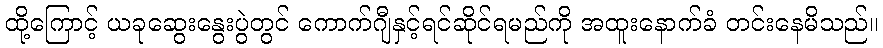
ထို့ကြောင့် ယခုဆွေးနွေးပွဲတွင် ကောက်ဂျီနှင့်ရင်ဆိုင်ရမည်ကို အထူးနောက်ခံ တင်းနေမိသည်။